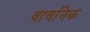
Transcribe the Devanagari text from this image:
वाचनिक